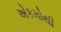
એકમોથી